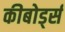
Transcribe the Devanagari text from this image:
कीबोर्ड्स